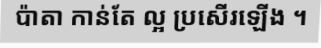
ប៉ាតា កាន់តែ ល្អ ប្រសើរឡើង ។